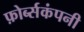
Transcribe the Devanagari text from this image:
फ़ोर्ब्सकंपनी